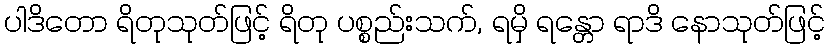
ပါဒိတော ရိတုသုတ်ဖြင့် ရိတု ပစ္စည်းသက်, ရမှိ ရန္တော ရာဒိ နောသုတ်ဖြင့်